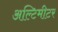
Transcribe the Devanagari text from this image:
अल्टिमीटर